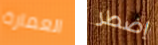
العمارة إضطر